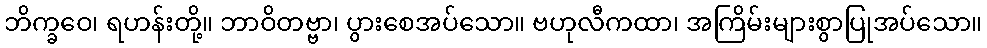
ဘိက္ခဝေ၊ ရဟန်းတို့။ ဘာဝိတဗ္ဗာ၊ ပွားစေအပ်သော။ ဗဟုလီကထာ၊ အကြိမ်းများစွာပြုအပ်သော။